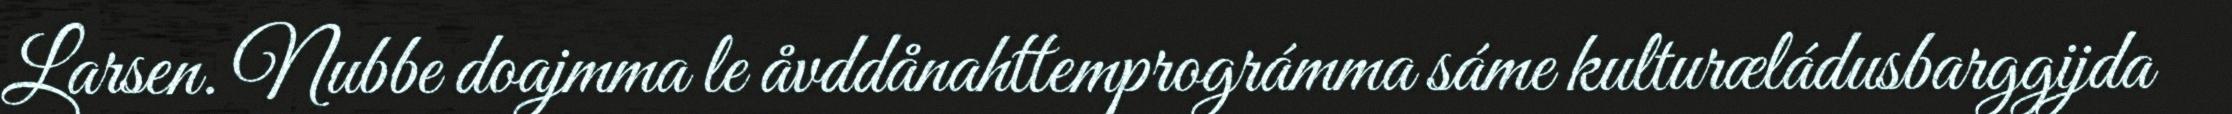
Larsen. Nubbe doajmma le åvddånahttemprográmma sáme kulturæládusbarggijda